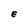
Character: E